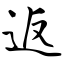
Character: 返